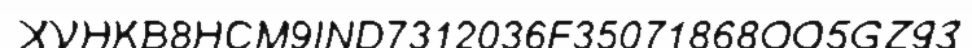
XVHKB8HCM9IND7312036F35071868OO5GZ93